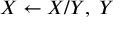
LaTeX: X \leftarrow X / Y , \; Y